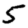
Digit: 5